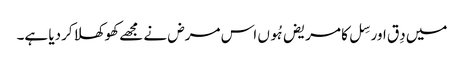
میں دِق اور سِل کا مریض ہُوں اس مرض نے مجھے کھوکھلا کردیا ہے۔